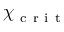
\chi _ { \mathrm { ~ c ~ r ~ i ~ t ~ } }